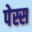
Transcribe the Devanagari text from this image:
पेस्स